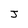
Character: J